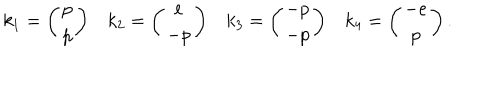
LaTeX: k _ { 1 } = \left( \begin{array} { c } { { p } } \\ { { p } } \\ \end{array} \right) k _ { 2 } = \left( \begin{array} { c } { { e } } \\ { { - p } } \\ \end{array} \right) k _ { 3 } = \left( \begin{array} { c } { { - p } } \\ { { - p } } \\ \end{array} \right) k _ { 4 } = \left( \begin{array} { c } { { - e } } \\ { { p } } \\ \end{array} \right) .